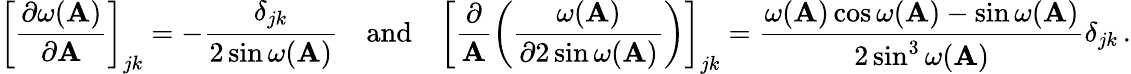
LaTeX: \left[\frac{\partial\omega(\mathbf A)}{\partial\mathbf A}\right]_{jk}=-\frac{\delta_{jk}}{2\sin\omega(\mathbf A)}\quad\mathrm{and}\quad\left[\frac{\partial}{\mathbf A}\left(\frac{\omega(\mathbf A)}{\partial 2\sin\omega(\mathbf A)}\right)\right]_{jk}=\frac{\omega(\mathbf A)\cos\omega(\mathbf A)-\sin\omega(\mathbf A)}{2\sin^{3}\omega(\mathbf A)}\delta_{jk}\, .